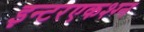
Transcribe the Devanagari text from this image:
इन्टरएकश्ग्न